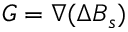
\boldsymbol { G } = \nabla ( \Delta B _ { s } )